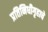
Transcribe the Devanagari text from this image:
प्रतिनिधीगृहाचे